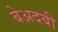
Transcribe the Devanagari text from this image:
बेअदबी